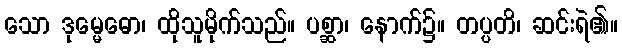
သော ဒုမ္မေဓော၊ ထိုသူမိုက်သည်။ ပစ္ဆာ၊ နောက်၌။ တပ္ပတိ၊ ဆင်းရဲ၏။